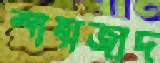
শাহাজাদ